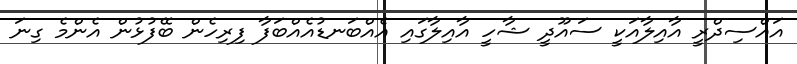
އައްސިދްރީ އާއިލާއަކީ ސައޫދީ ޝާހީ އާއިލާގައި އެއްބަނޑުއެއްބަފާ ފިރިހެން ބޭފުޅުން އެންމެ ގިނަ